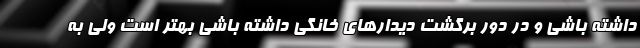
داشته باشی و در دور برگشت دیدارهای خانگی داشته باشی بهتر است ولی به